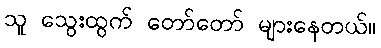
သူ သွေးထွက် တော်တော် များနေတယ်။